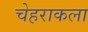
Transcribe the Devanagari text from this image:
चेहराकला